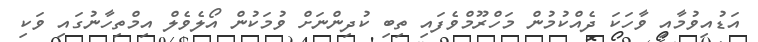
އަޑުއިވުމާއި ވާހަކަ ދެއްކުމުން މަހްރޫމްވެފައި ތިބި ކުދިންނަށް ވުމަކުން އޯލެވެލް އިމްތިހާނުގައި ވަކި